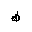
Letter: _dad